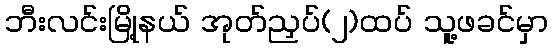
ဘီးလင်းမြို့နယ် အုတ်ညှပ်(၂)ထပ် သူ့ဖခင်မှာ